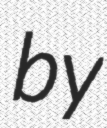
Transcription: by